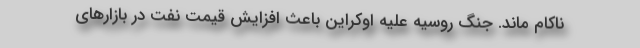
ناکام ماند. جنگ روسیه علیه اوکراین باعث افزایش قیمت نفت در بازارهای